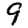
Digit: 9